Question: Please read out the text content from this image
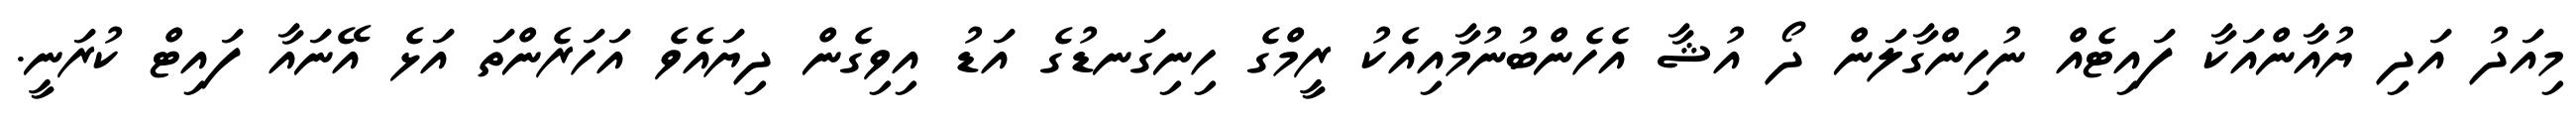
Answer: މިއަދު އަދި ޔުއާންއަކާ ފައިޓެއް ނުހިންގާލަން ދޯ އުޝާ އެހެންބުނުމާއިއެކު ރީމްގެ ހިނިގަނޑުގެ އަޑު އިވިގެން ދިޔައެވެ އަހަރެންތަ އަޅެ އޭނައާ ފައިޓް ކުރަނީ.